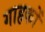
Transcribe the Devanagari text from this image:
गाहकों